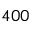
4 0 0